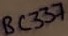
Text: BC337